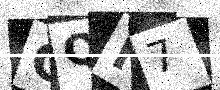
Text: CQN7